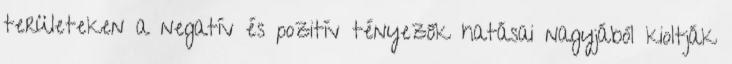
területeken a negatív és pozitív tényezők hatásai nagyjából kioltják